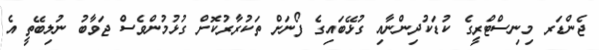
ޖެންޑަރ މިނިސްޓްރީގެ ކުޑަކުދިންނާއި ގުޅޭބައިގެ ފޯނަށް ތަކުރާރުކޮށް ގުޅުމުންވެސް ޖަވާބު ނުލިބޭތީ އެ